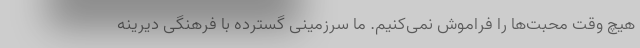
هیچ وقت محبت‌ها را فراموش نمی‌کنیم. ما سرزمینی گسترده با فرهنگی دیرینه